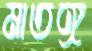
মাতঙ্গ